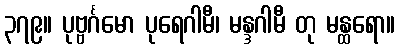
၃၇၉။ ပုဗ္ဗင်္ဂမော ပုရေဂါမီ၊ မန္ဒဂါမီ တု မန္ထရော။